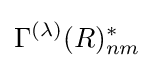
\Gamma ^{(\lambda )}(R)_{nm}^{*}